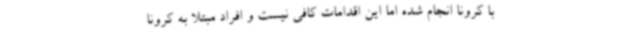
با کرونا انجام شده اما این اقدامات کافی نیست و افراد مبتلا به کرونا